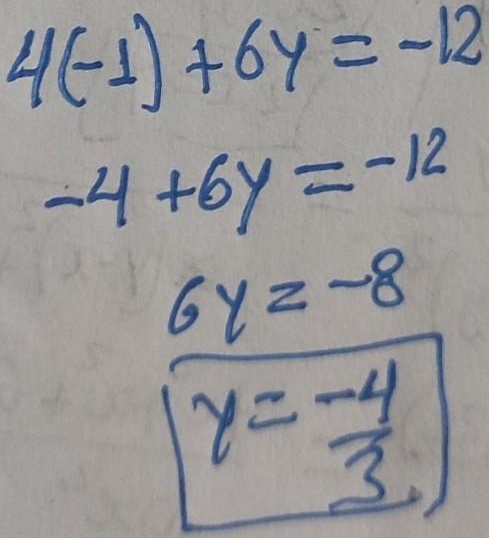
\begin{align*}
4(-1)+6y&=-12\\
-4 + 6y&=-12\\
6y&=-8\\
y&=-\frac{4}{3}
\end{align*}